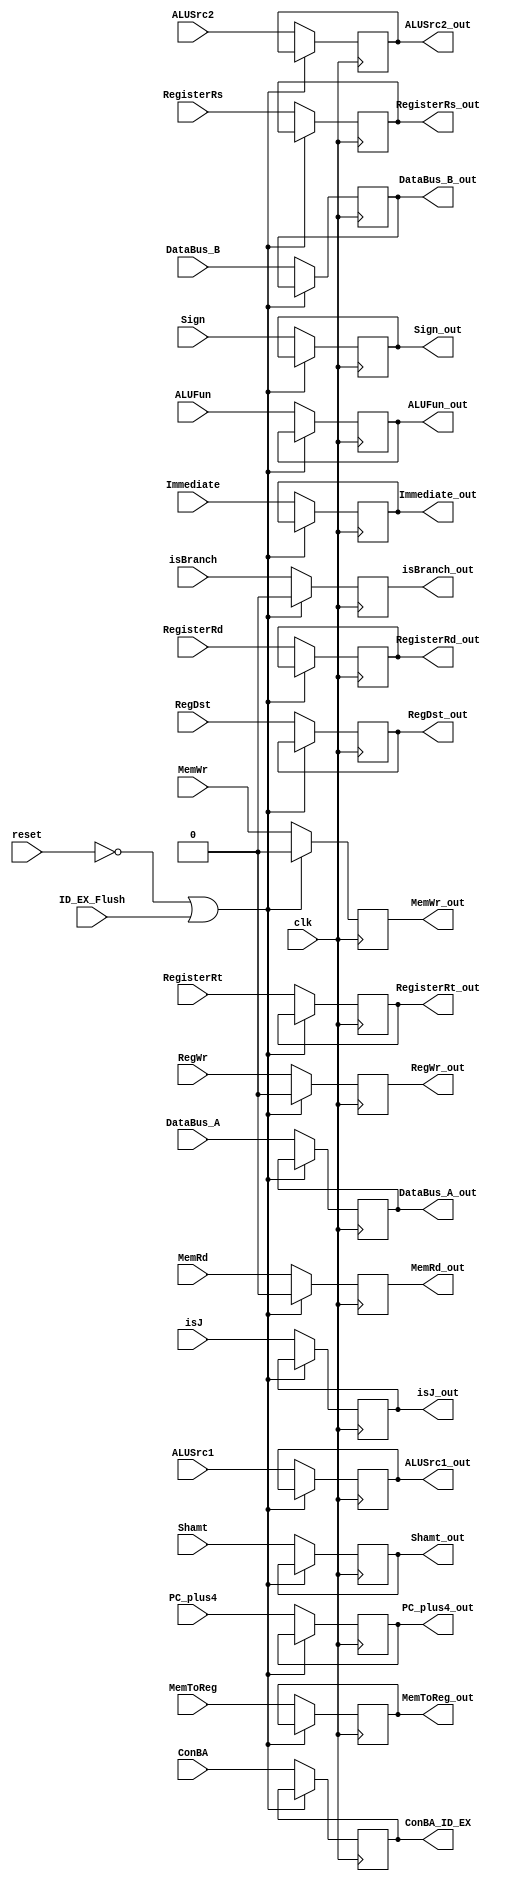
`timescale 1ns/1ps
module IDtoEX (
  input             clk           ,
  input             reset         ,
  input             ID_EX_Flush   ,
  input      [31:0] PC_plus4      ,
  output reg [31:0] PC_plus4_out  ,
  // ID
  // input reg EXTOp,
  // input reg LUOp,
  // output reg EXTOp_out,
  // output reg LUOp_out);
  // EX
  input      [ 4:0] RegisterRs    ,
  input      [ 4:0] RegisterRt    ,
  input      [ 5:0] ALUFun        ,
  input             ALUSrc1       ,
  input             ALUSrc2       ,
  input      [31:0] DataBus_A     ,
  input      [31:0] DataBus_B     ,
  input             Sign          ,
  input      [31:0] Immediate     ,
  input      [ 4:0] Shamt         ,
  input             isBranch      ,
  input      [31:0] ConBA         ,
  input [1:0] isJ,
  output reg [1:0] isJ_out,
  output reg        isBranch_out  ,
  output reg [31:0] ConBA_ID_EX   ,
  output reg [ 4:0] RegisterRs_out,
  output reg [ 4:0] RegisterRt_out,
  output reg [ 5:0] ALUFun_out    ,
  output reg        ALUSrc1_out   ,
  output reg        ALUSrc2_out   ,
  output reg [31:0] DataBus_A_out ,
  output reg [31:0] DataBus_B_out ,
  output reg        Sign_out      ,
  output reg [31:0] Immediate_out ,
  output reg [4:0]  Shamt_out     ,
  // MEM
  input             MemWr         ,
  input             MemRd         ,
  output reg        MemRd_out     ,
  output reg        MemWr_out     ,
  // WB
  input             RegWr         ,
  input      [ 4:0] RegisterRd    ,
  input      [ 1:0] RegDst        ,
  input      [ 1:0] MemToReg      ,
  output reg        RegWr_out     ,
  output reg [ 1:0] MemToReg_out  ,
  output reg [ 1:0] RegDst_out    ,
  output reg [ 4:0] RegisterRd_out
);

initial begin
  isBranch_out   <= 0;
  RegisterRs_out <= 0;
  RegisterRt_out <= 0;
  ALUFun_out     <= 0;
  ALUSrc1_out    <= 0;
  ALUSrc2_out    <= 0;
  DataBus_A_out  <= 0;
  DataBus_B_out  <= 0;
  Sign_out       <= 0;
  Immediate_out  <= 0;
  Shamt_out    <= 0;
  RegWr_out      <= 0;
  MemToReg_out   <= 0;
  RegDst_out     <= 0;
  RegisterRd_out   <= 0;
  MemRd_out     <= 0;
  MemWr_out     <= 0;
  PC_plus4_out <= 0;
  ConBA_ID_EX <= 0;
  isJ_out <= 0;
end



  always@(posedge clk) begin
    if(~reset || ID_EX_Flush) begin
      MemWr_out <= 0;
      //MemRd_out<=0;
      RegWr_out <= 0;
      MemRd_out <= 0;
      isBranch_out <= 0;
    end
    else begin
      PC_plus4_out   <= PC_plus4;
      isBranch_out   <= isBranch;
      // EX
      ALUFun_out     <= ALUFun;
      ALUSrc1_out    <= ALUSrc1;
      ALUSrc2_out    <= ALUSrc2;
      DataBus_A_out  <= DataBus_A;
      DataBus_B_out  <= DataBus_B;
      Sign_out       <= Sign;
      RegisterRs_out <= RegisterRs;
      RegisterRt_out <= RegisterRt;
      Immediate_out  <= Immediate;
      Shamt_out      <= Shamt;
      // MEM
      MemWr_out      <= MemWr;
      MemRd_out      <= MemRd;

      // WB
      RegDst_out     <= RegDst;
      RegWr_out      <= RegWr;
      MemToReg_out   <= MemToReg;
      RegisterRd_out <= RegisterRd;
      ConBA_ID_EX <= ConBA;
      isJ_out <= isJ;
    end
//      EXTOp_out<=EXTOp;
    //     LUOp_out<=LUOp;
  end
endmodule